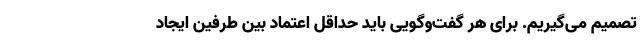
تصمیم می‌گیریم. برای هر گفت‌وگویی باید حداقل اعتماد بین طرفین ایجاد